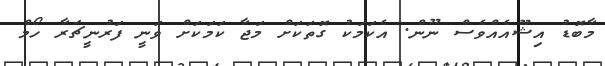
މާބޮޑު އިޝޫއެއްވެސް ނޫން. އެކަމަކު ގޮތަކަށް މަޖާ ކަމަކަށް ވަނީ ފަރުނީޗަރާ ހޯމް